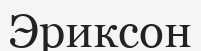
Эриксон